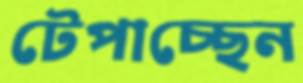
টেপাচ্ছেন